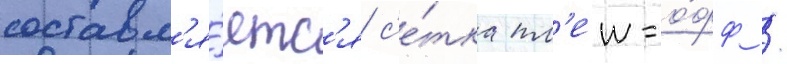
составл'я́етс'я с'е́тка пл'еи-о́фф /